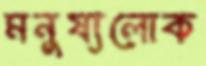
মনুষ্যলোক